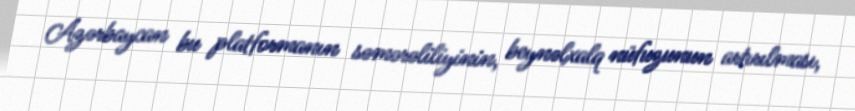
Azərbaycan bu platformanın səmərəliliyinin, beynəlxalq nüfuzunun artırılması,